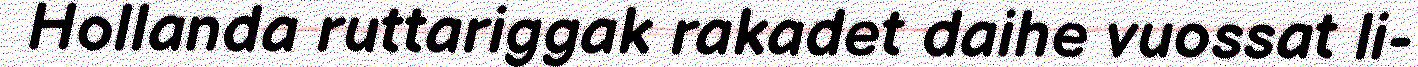
Hollanda ruttariggak rakadet daihe vuossat li-